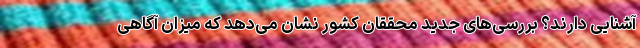
آشنایی دارند؟ بررسی‌های جدید محققان کشور نشان می‌دهد که میزان آگاهی